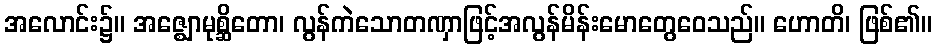
အလောင်း၌။ အဇ္ဈောမုစ္ဆိတော၊ လွန်ကဲသောတဏှာဖြင့်အလွန်မိန်းမောတွေဝေသည်။ ဟောတိ၊ ဖြစ်၏။